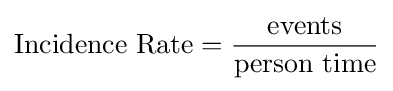
{\text{Incidence Rate}}={\frac {\text{events}}{\text{person time}}}